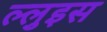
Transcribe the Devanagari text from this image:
ल्लुइस